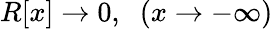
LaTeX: R[x]\rightarrow 0,\; \; (x\rightarrow-\infty)